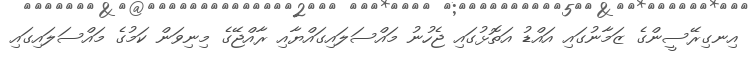
އިނގިރޭސީންގެ ޒަމާނުގައި އައްޑު އަތޮޅުގައި ޖެހުނު މައްސަލައިގައްޔާއި ރާއްޖޭގެ މިނިވަން ކަމުގެ މައްސަލައިގައި